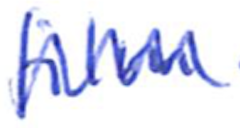
Text: film
Cross-out: zig-zag
Writing tool: ballpoint